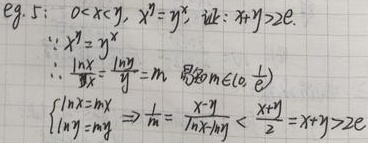
eg. 5： \(0<x<y\)，\(x^{y}=y^{x}\)，证：\(x + y>2e\)
\(\because x^{y}=y^{x}\)
\(\therefore \frac{\ln x}{x}=\frac{\ln y}{y}=m\)，易知\(m\in(0,\frac{1}{e})\)
\(\begin{cases}\ln x = mx\\\ln y = my\end{cases}\Rightarrow\frac{1}{m}=\frac{x - y}{\ln x-\ln y}<\frac{x + y}{2}\Rightarrow x + y>2e\)